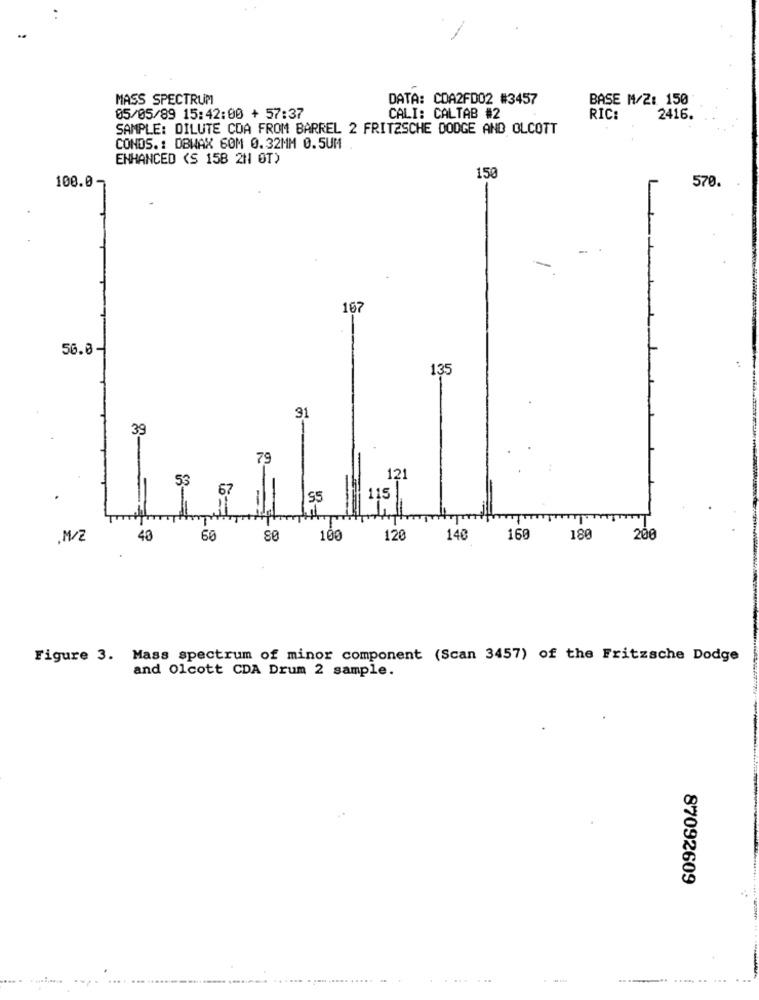
MASS SPECTRUM
DATA: CDA2FD02 #3457
BASE M/2: 150
05/05/89 15:42:00 + 57:37
CALI: CALTAB #2
RIC:
2416.
SAMPLE: DILUTE CDA FROM BARREL 2 FRITZSCHE DODGE AND OLCOTT
CONDS .: DBWAX 60M 0.32MM 0.5UM
ENHANCED (S 158 2N OT)
150
100.0-
570.
167
56.0-
135
91
39
79
53
121
67
55
115
.M/2
40
60
80
100
120
140
160
180
200
Figure 3. Mass spectrum of minor component (Scan 3457) of the Fritzsche Dodge
and Olcott CDA Drum 2 sample.
87092609
... . ... .................. .......... ...... . .... ..... ....... .
.... ...